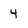
Character: 4